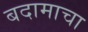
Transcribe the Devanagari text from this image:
बदामाचा